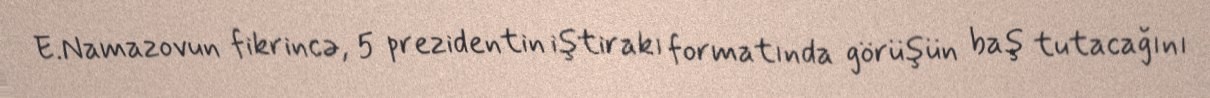
E.Namazovun fikrincə, 5 prezidentin iştirakı formatında görüşün baş tutacağını